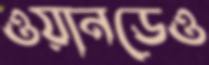
ওয়ানডেও